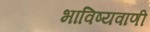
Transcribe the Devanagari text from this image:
भाविष्यवाणी